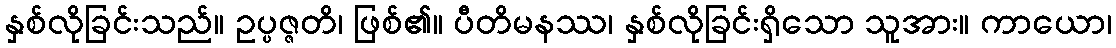
နှစ်လိုခြင်းသည်။ ဥပ္ပဇ္ဇတိ၊ ဖြစ်၏။ ပီတိမနဿ၊ နှစ်လိုခြင်းရှိသော သူအား။ ကာယော၊